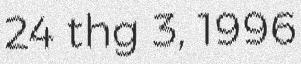
24 thg 3, 1996